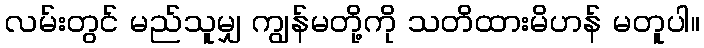
လမ်းတွင် မည်သူမျှ ကျွန်မတို့ကို သတိထားမိဟန် မတူပါ။